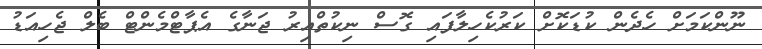
ނޫންކަމަށް ހެދެން ކުޑަކޮށް ކަރުކެހިލާފައި ގޮސް ނިކުތްއިރު ޖަނާގެ އެޕާޓްމެންޓް ބެލް ޖެހިއަޑު